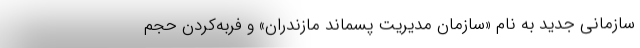
سازمانی جدید به نام «سازمان مدیریت پسماند مازندران» و فربه‌کردن حجم